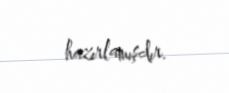
hazırlamışdır.